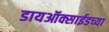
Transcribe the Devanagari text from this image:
डायऑक्साईडच्या